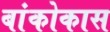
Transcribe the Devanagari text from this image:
बांकोकास